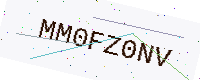
Text: MM0FZ0NV